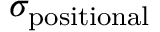
\sigma _ { \mathrm { p o s i t i o n a l } }